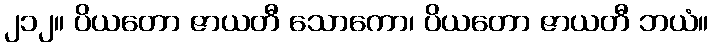
၂၁၂။ ပိယတော ဇာယတီ သောကော၊ ပိယတော ဇာယတီ ဘယံ။